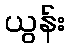
ယွန်း